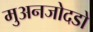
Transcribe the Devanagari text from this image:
मुअनजोदडो